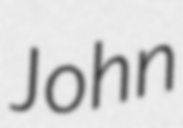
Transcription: John